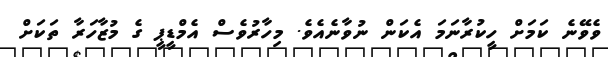
ވެވޭނެ ކަމަށް ހީކުރާނަމަ އެކަން ނުވާނެއެވެ. މިހާރުވެސް އެމްޑީޕީ ގެ މުޒާހަރާ ތަކަށް